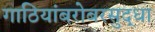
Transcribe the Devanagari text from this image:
गाठियांबरोबरसुद्धा